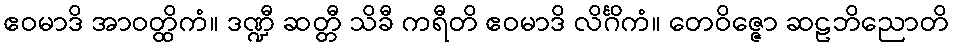
ဧဝမာဒိ အာဝတ္ထိကံ။ ဒဏ္ဍီ ဆတ္တီ သိခီ ကရီတိ ဧဝမာဒိ လိင်္ဂိကံ။ တေဝိဇ္ဇော ဆဠဘိညောတိ